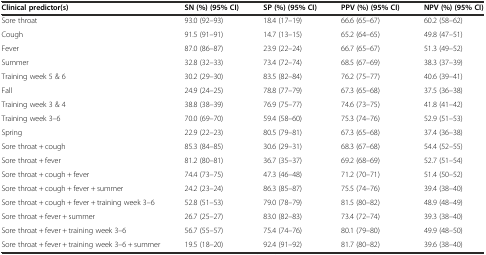
<table><thead><tr><td><b>Clinical predictor(s)</b></td><td><b>SN (%) (95% CI)</b></td><td><b>SP (%) (95% CI)</b></td><td><b>PPV (%) (95% CI)</b></td><td><b>NPV (%) (95% CI)</b></td></tr></thead><tbody><tr><td>Sore throat</td><td>93.0 (92-93)</td><td>18.4 (17-19)</td><td>66.6 (65-67)</td><td>60.2 (58-62)</td></tr><tr><td>Cough</td><td>91.5 (91-91)</td><td>14.7 (13-15)</td><td>65.2 (64-65)</td><td>49.8 (47-51)</td></tr><tr><td>Fever</td><td>87.0 (86-87)</td><td>23.9 (22-24)</td><td>66.7 (65-67)</td><td>51.3 (49-52)</td></tr><tr><td>Summer</td><td>32.8 (32-33)</td><td>73.4 (72-74)</td><td>68.5 (67-69)</td><td>38.3 (37-39)</td></tr><tr><td>Training week 5 &amp; 6</td><td>30.2 (29-30)</td><td>83.5 (82-84)</td><td>76.2 (75-77)</td><td>40.6 (39-41)</td></tr><tr><td>Fall</td><td>24.9 (24-25)</td><td>78.8 (77-79)</td><td>67.3 (65-68)</td><td>37.5 (36-38)</td></tr><tr><td>Training week 3 &amp; 4</td><td>38.8 (38-39)</td><td>76.9 (75-77)</td><td>74.6 (73-75)</td><td>41.8 (41-42)</td></tr><tr><td>Training week 3-6</td><td>70.0 (69-70)</td><td>59.4 (58-60)</td><td>75.3 (74-76)</td><td>52.9 (51-53)</td></tr><tr><td>Spring</td><td>22.9 (22-23)</td><td>80.5 (79-81)</td><td>67.3 (65-68)</td><td>37.4 (36-38)</td></tr><tr><td>Sore throat + cough</td><td>85.3 (84-85)</td><td>30.6 (29-31)</td><td>68.3 (67-68)</td><td>54.4 (52-55)</td></tr><tr><td>Sore throat + fever</td><td>81.2 (80-81)</td><td>36.7 (35-37)</td><td>69.2 (68-69)</td><td>52.7 (51-54)</td></tr><tr><td>Sore throat + cough + fever</td><td>74.4 (73-75)</td><td>47.3 (46-48)</td><td>71.2 (70-71)</td><td>51.4 (50-52)</td></tr><tr><td>Sore throat + cough + fever + summer</td><td>24.2 (23-24)</td><td>86.3 (85-87)</td><td>75.5 (74-76)</td><td>39.4 (38-40)</td></tr><tr><td>Sore throat + cough + fever + training week 3-6</td><td>52.8 (51-53)</td><td>79.0 (78-79)</td><td>81.5 (80-82)</td><td>48.9 (48-49)</td></tr><tr><td>Sore throat + fever + summer</td><td>26.7 (25-27)</td><td>83.0 (82-83)</td><td>73.4 (72-74)</td><td>39.3 (38-40)</td></tr><tr><td>Sore throat + fever + training week 3-6</td><td>56.7 (55-57)</td><td>75.4 (74-76)</td><td>80.1 (79-80)</td><td>49.9 (48-50)</td></tr><tr><td>Sore throat + fever + training week 3-6 + summer</td><td>19.5 (18-20)</td><td>92.4 (91-92)</td><td>81.7 (80-82)</td><td>39.6 (38-40)</td></tr></tbody></table>